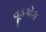
વૂડકૉક